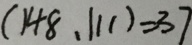
( 1 4 8 , 1 1 1 ) = 3 7